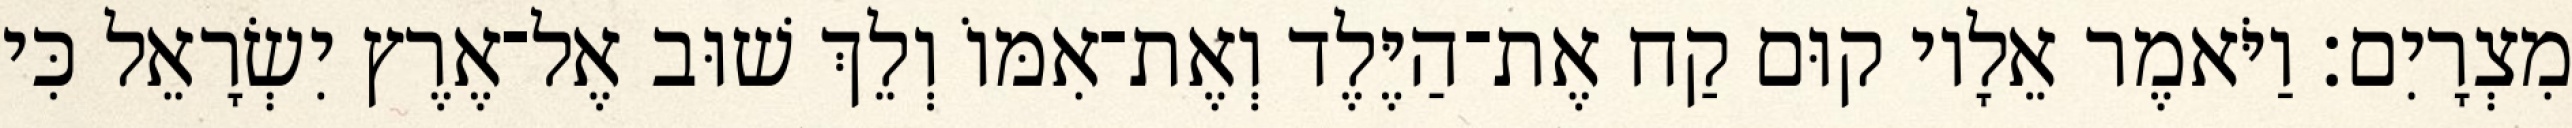
מִצְרָיִם׃ וַיֹּאמֶר אֵלָיו קוּם קַח אֶת־הַיֶּלֶד וְאֶת־אִמּוֹ וְלֵךְ שׁוּב אֶל־אֶרֶץ יִשְׂרָאֵל כִּי